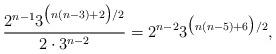
LaTeX: \begin{align*}\frac{2^{n-1}3^{\bigl(n(n-3)+2\bigr)/2}}{2\cdot3^{n-2}}=2^{n-2}3^{\bigl(n(n-5)+6\bigr)/2},\end{align*}